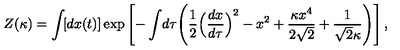
Z ( \kappa ) = \int \! [ d x ( t ) ] \exp \left[ - \int \! d \tau \Biggl ( { \frac { 1 } { 2 } } \Bigl ( { \frac { d x } { d \tau } } \Bigr ) ^ { 2 } - x ^ { 2 } + { \frac { \kappa x ^ { 4 } } { 2 \sqrt { 2 } } } + { \frac { 1 } { \sqrt { 2 } \kappa } } \Biggr ) \right] ,